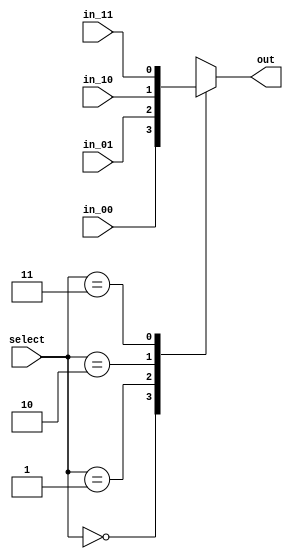
module mux_BranchOp(
    input  wire  [1:0]  select,
    input  wire in_00, // EQ
    input  wire in_01, // ~EQ
    input  wire in_10, // GT
    input  wire in_11, // ~GT
    output reg out
);

    always @(*) begin
        case(select)
            2'b00: out = in_00;
            2'b01: out = in_01;
            2'b10: out = in_10;
            2'b11: out = in_11;
        endcase

    end
endmodule